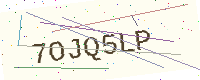
Text: 7OJQ5LP